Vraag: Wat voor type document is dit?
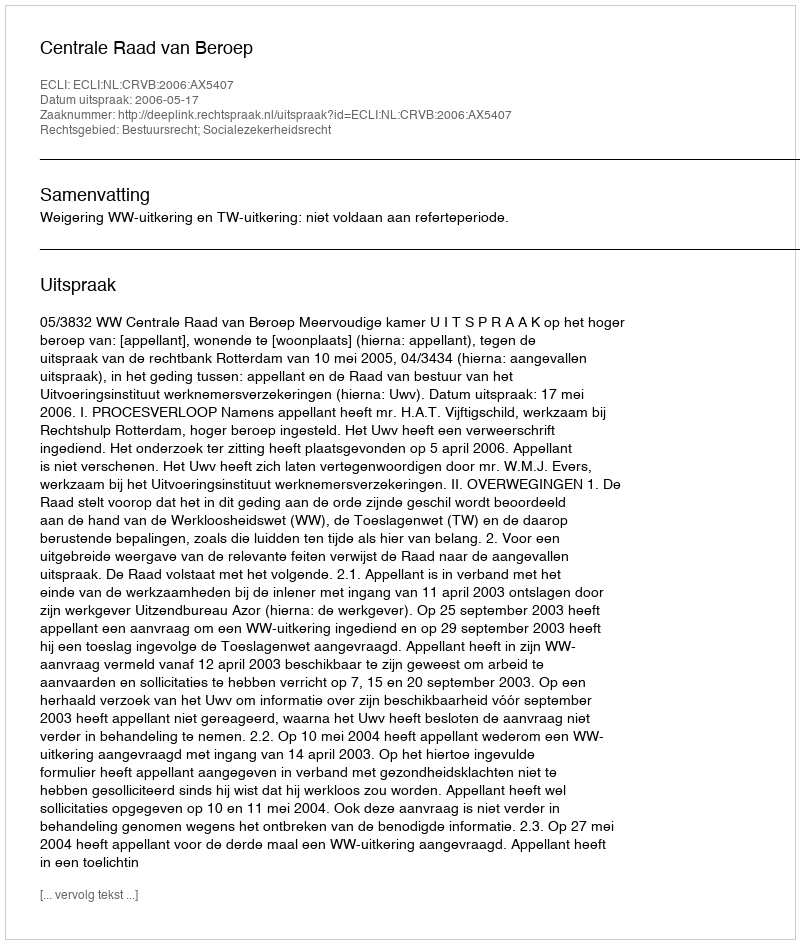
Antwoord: Uitspraak